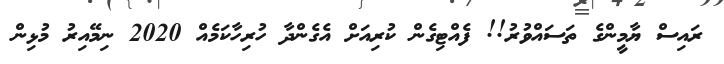
ރައިސް ޔާމީންގެ ތަސައްވުރު!! ފެއްޓިގެން ކުރިއަށް އެގެންދާ ހުރިހާކަމެއް 2020 ނިމޭއިރު މުޅިން